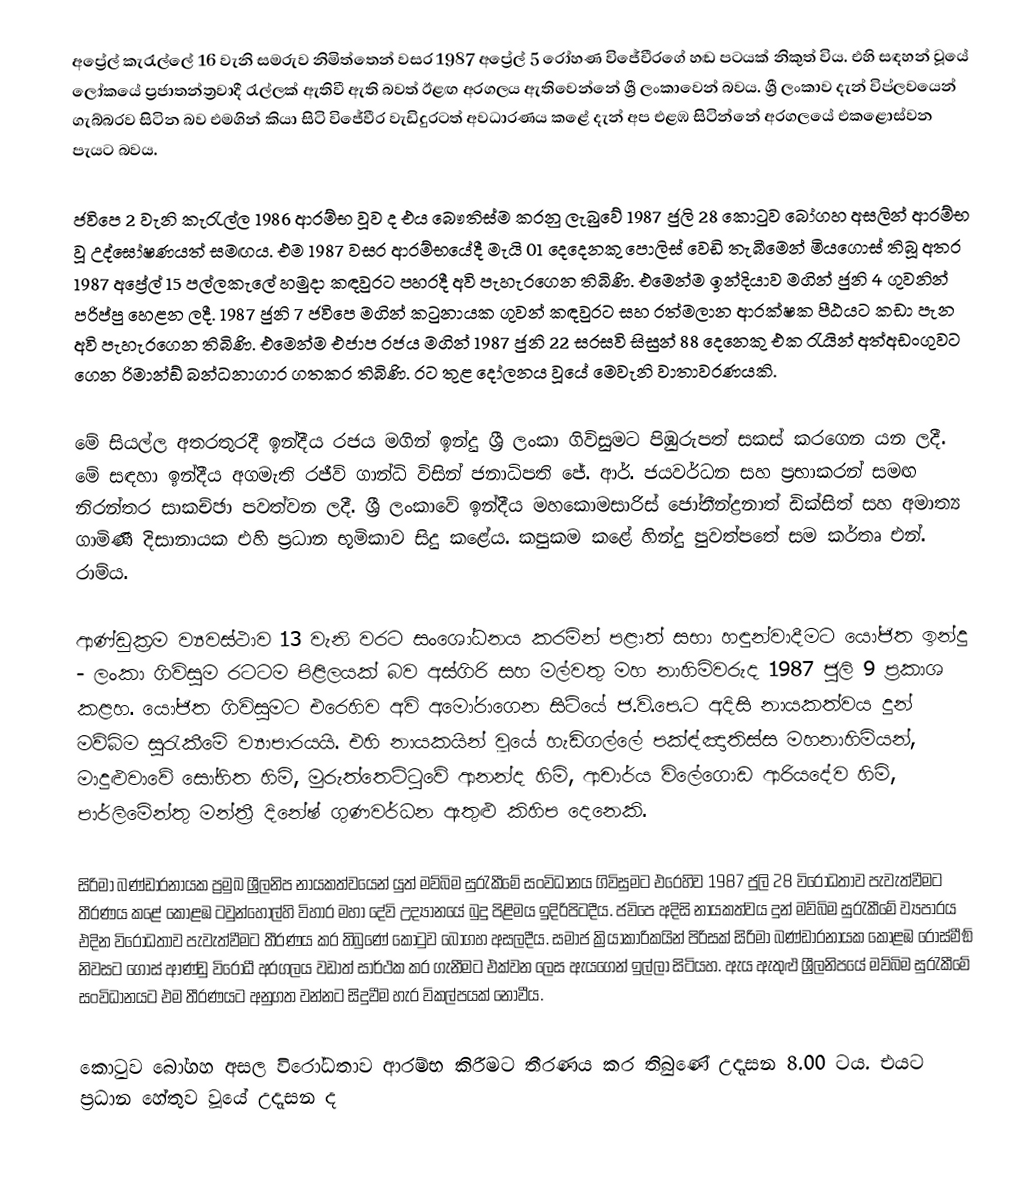
අප්‍රේල් කැරැල්ලේ 16 වැනි සමරුව නිමිත්තෙන් වසර 1987 අප්‍රේල් 5 රෝහණ විජේවීරගේ හඬ පටයක් නිකුත් විය. එහි සඳහන් වූයේ ලෝකයේ ප්‍රජාතන්ත්‍රවාදී රැල්ලක් ඇතිවී ඇති බවත් ඊළඟ අරගලය ඇතිවෙන්නේ ශ්‍රී ලංකාවෙන් බවය. ශ්‍රී ලංකාව දැන් විප්ලවයෙන් ගැබ්බරව සිටින බව එමගින් කියා සිටි විජේවීර වැඩිදුරටත් අවධාරණය කළේ දැන් අප එළඹ සිටින්නේ අරගලයේ එකළොස්වන පැයට බවය.

ජවිපෙ 2 වැනි කැරැල්ල 1986 ආරම්භ වූව ද එය බෞතිස්ම කරනු ලැබුවේ 1987 ජුලි 28 කොටුව බෝගහ අසලින් ආරම්භ වූ උද්ඝෝෂණයත් සමඟය. එම 1987 වසර ආරම්භයේදී මැයි 01 දෙදෙනකු පොලිස් වෙඩි තැබීමෙන් මියගොස් තිබූ අතර 1987 අප්‍රේල් 15 පල්ලකැලේ හමුදා කඳවුරට පහරදී අවි පැහැරගෙන තිබිණි. එමෙන්ම ඉන්දියාව මගින් ජුනි 4 ගුවනින් පරිප්පු හෙළන ලදී. 1987 ජුනි 7 ජවිපෙ මගින් කටුනායක ගුවන් කඳවුරට සහ රත්මලාන ආරක්ෂක පීඨයට කඩා පැන අවි පැහැරගෙන තිබිණි. එමෙන්ම එජාප රජය මගින් 1987 ජුනි 22 සරසවි සිසුන් 88 දෙනෙකු එක රැයින් අත්අඩංගුවට ගෙන රිමාන්ඞ් බන්ධනාගාර ගතකර තිබිණි. රට තුළ දෝලනය වූයේ මෙවැනි වාතාවරණයකි.

මේ සියල්ල අතරතුරදී ඉන්දීය රජය මගින් ඉන්දු ශ්‍රී ලංකා ගිවිසුමට පිඹුරුපත් සකස් කරගෙන යන ලදී. මේ සඳහා ඉන්දීය අගමැති රජීව් ගාන්ධි විසින් ජනාධිපති ජේ. ආර්. ජයවර්ධන සහ ප්‍රභාකරන් සමඟ නිරන්තර සාකච්ඡා පවත්වන ලදී. ශ්‍රී ලංකාවේ ඉන්දීය මහකොමසාරිස් ජෝතීන්ද්‍රනාත් ඩික්සිත් සහ අමාත්‍ය ගාමිණී දිසානායක එහි ප්‍රධාන භූමිකාව සිදු කළේය. කපුකම කළේ හින්දු පුවත්පතේ සම කර්තෘ එන්. රාම්ය.

ආණ්ඩුක්‍රම ව්‍යවස්ථාව 13 වැනි වරට සංශෝධනය කරමින් පළාත් සභා හඳුන්වාදීමට යෝජිත ඉන්දු - ලංකා ගිවිසුම රටටම පිළිලයක් බව අස්ගිරි සහ මල්වතු මහ නාහිමිවරුද 1987 ජුලි 9 ප්‍රකාශ කළහ. යෝජිත ගිවිසුමට එරෙහිව අවි අමෝරාගෙන සිටියේ ජ.වි.පෙ.ට අදිසි නායකත්වය දුන් මව්බිම සුරැකීමේ ව්‍යාපාරයයි. එහි නායකයින් වූයේ හැඩිගල්ලේ පක්‍ඳ්ඤාතිස්ස මහනාහිමියන්, මාදුළුවාවේ සෝභිත හිමි, මුරුත්තෙට්ටුවේ ආනන්ද හිමි, ආචාර්ය විලේගොඩ ආරියදේව හිමි, පාර්ලිමේන්තු මන්ත්‍රී දිනේෂ් ගුණවර්ධන ඇතුළු කිහිප දෙනෙකි.

සිරිමා බණ්ඩාරනායක ප්‍රමුඛ ශ්‍රීලනිප නායකත්වයෙන් යුත් මව්බිම සුරැකීමේ සංවිධානය ගිවිසුමට එරෙහිව 1987 ජුලි 28 විරෝධතාව පැවැත්වීමට තීරණය කළේ කොළඹ ටවුන්හෝල්හි විහාර මහා දේවි උද්‍යානයේ බුදු පිළිමය ඉදිරිපිටදීය. ජවිපෙ අදිසි නායකත්වය දුන් මව්බිම සුරැකීමේ ව්‍යපාරය එදින විරෝධතාව පැවැත්වීමට තීරණය කර තිබුණේ කොටුව බෝගහ අසලදීය. සමාජ ක්‍රියාකාරිකයින් පිරිසක් සිරිමා බණ්ඩාරනායක කොළඹ රොස්මීඞ් නිවසට ගොස් ආණ්ඩු විරෝධී අරගලය වඩාත් සාර්ථක කර ගැනීමට එක්වන ලෙස ඇයගෙන් ඉල්ලා සිටියහ. ඇය ඇතුළු ශ්‍රීලනිපයේ මව්බිම සුරැකීමේ සංවිධානයට එම තීරණයට අනුගත වන්නට සිදුවීම හැර විකල්පයක් නොවීය.

කොටුව බෝගහ අසල විරෝධතාව ආරම්භ කිරීමට තීරණය කර තිබුණේ උදෑසන 8.00 ටය. එයට ප්‍රධාන හේතුව වූයේ උදෑසන ද